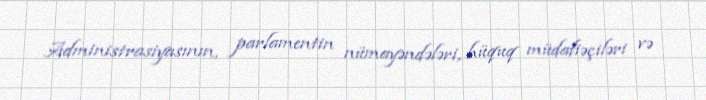
Administrasiyasının, parlamentin nümayəndələri, hüquq müdafiəçiləri və